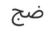
ضج